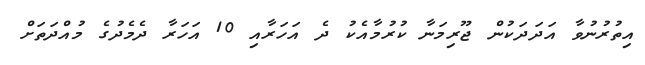
އިތުރުނުވާ އަދަދަކުން ޖޫރިމަނާ ކުރުމާއެކު ދެ އަހަރާއި 10 އަހަރާ ދެމެދުގެ މުއްދަތަށް